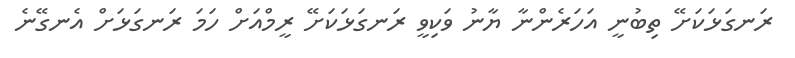
ރަނގަޅަކަށޭ ތިބުނީ އަހަރެންނާ ޔާނު ވަކިވީ ރަނގަޅަކަށޭ ރީމްއަށް ހަމަ ރަނގަޅަށް އެނގޭނެ